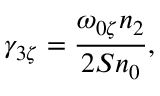
\gamma _ { 3 \zeta } = \frac { \omega _ { 0 \zeta } n _ { 2 } } { 2 S n _ { 0 } } ,